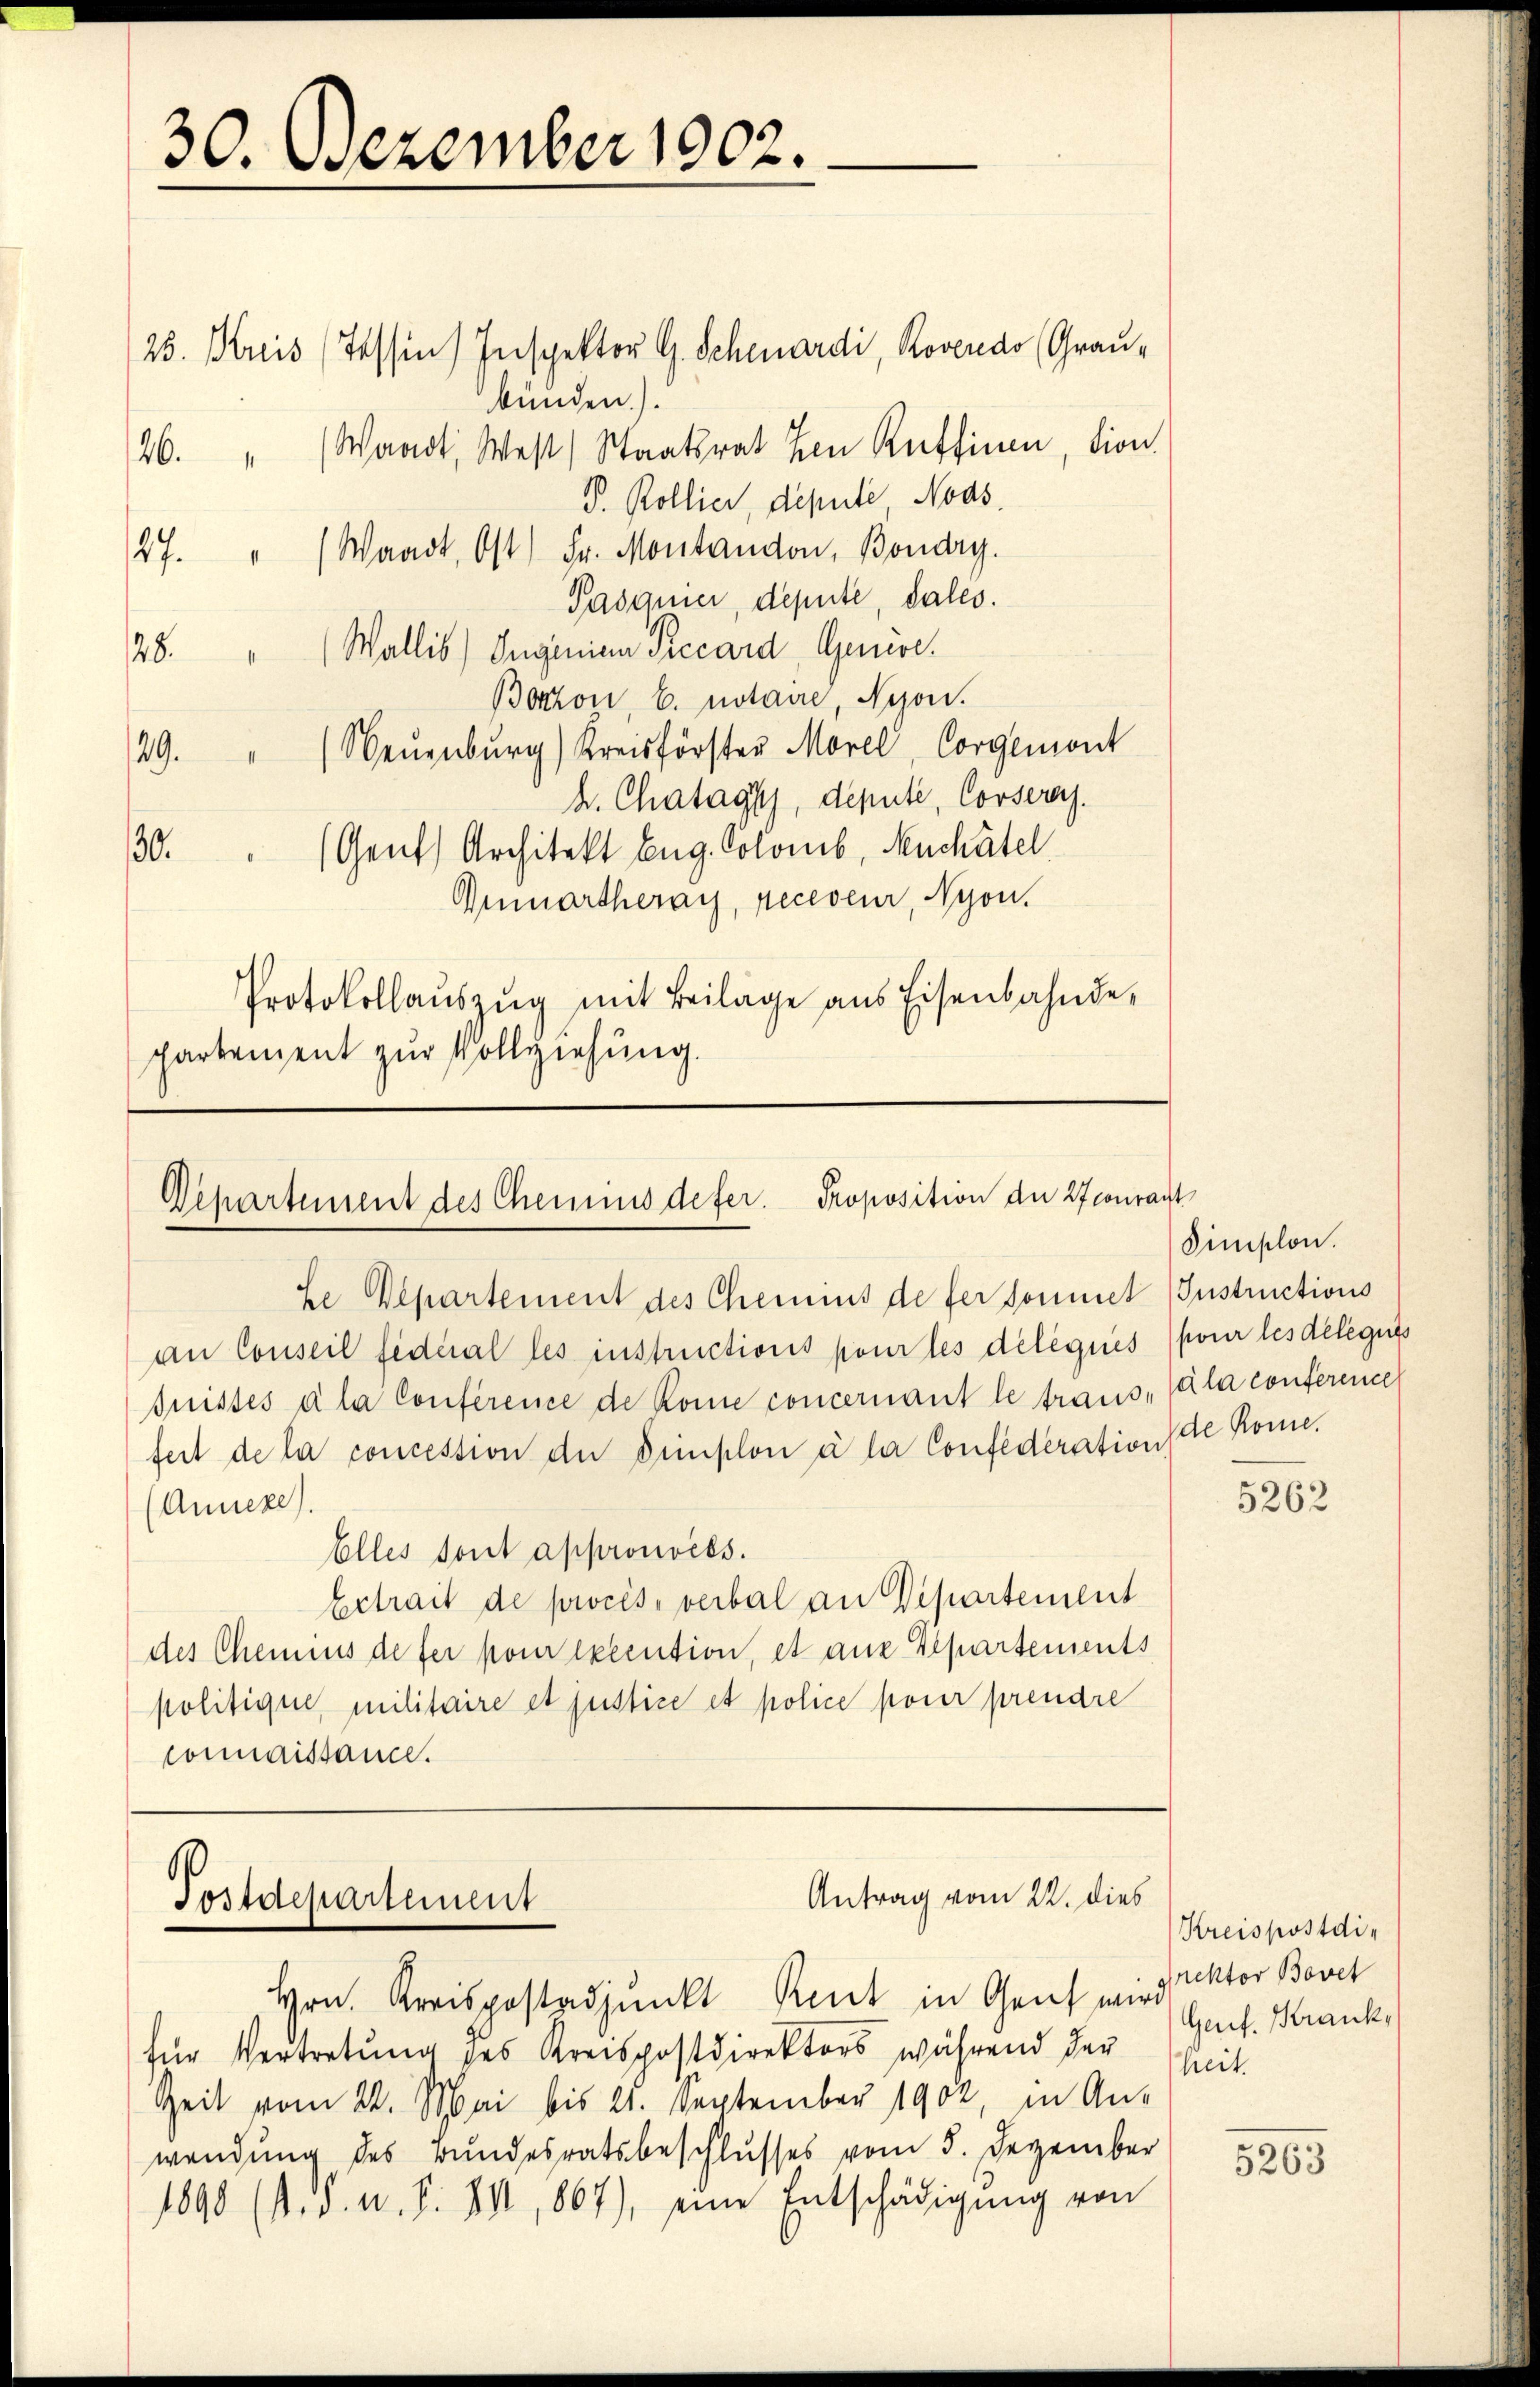
30. Dezember 1902.

25. Kreis (Tessin, Inspektor G. Scheardi, Roveredo (Graubünden.).
26. " (Waadt, West) Staatsrat den Ruffinen, dion
P. Kollier, depute, Nods
27. " (Waadt, Ost) Fr. Montandon, Bondry.
Pasquier, deputé dales.
28. " Wallis) Ingenien Precard, Genere.
Boston E. notaire, Nyon.
(Neuenburg) Kreisförster Morel, Corgemont
49.
k. Chatags, depute, Conseres.
(Genf, Architekt Eug. Solonis, Neuchâtel
30.
Anmartheray, peceveur, Nyon.
Protokollaŭszŭg mit Beilage aus Eisenbahnde-
partement zur Vollziehung.

an Conseil fideal les instructions pour les déleques
fuisses ala Conference de kome concernant le trausfeit de la concession der Simplon à la Confederation de Kome.
Annexe)
Elles sont approuvées.
Extrait de procès, verbal an Departement
des Chemnis de fer pour execution, et aus Departements
politique, militaire et justice et police pour prendre
connaissance.

Departement des Chemnis defer. Proposition der 27courant
Le Departement des Chemus de fer sonnet (Instructions

Antrag vom 22. dies
Postdepartement
Hrn. Kreisgestadjunkt Reut in Genf wird sel. Krank

für Vertretung des Kreispostdirektors während der
Zeit vom 24. Mai bis 21. September 1902, in An-
wendung des Bundesratsbeschlusses vom 5. Dezember
1890 (s. d. u. S. XV, 867), eine Entschädigŭng von

Dimischon.
pour les déléguis
ala conference

5262

Kreispostdirektor Bovet
heit.

5263